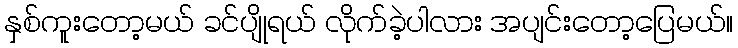
နှစ်ကူးတော့မယ် ခင်ပျိုရယ် လိုက်ခဲ့ပါလား အပျင်းတော့ပြေမယ်။